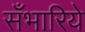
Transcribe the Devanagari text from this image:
सँभारिये